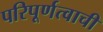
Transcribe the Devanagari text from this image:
परिपूर्णत्वाची